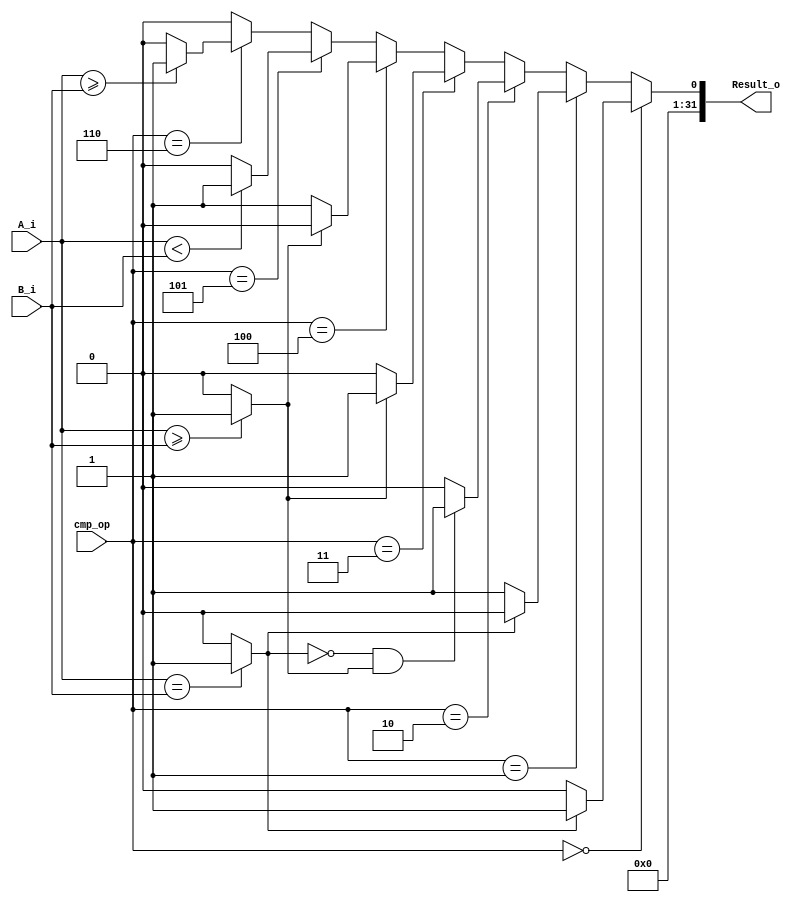
module Comparison_Unit#(parameter width = 32)(  // Module definition with parameter for operand width
    input [width-1:0] A_i,                     // First operand input
    input [width-1:0] B_i,                     // Second operand input
    input [2:0] cmp_op,                        // Comparison operation type
    output reg [width-1:0] Result_o            // Output result of the comparison
    );

    // Interpreting the inputs as signed values
    wire signed [width-1:0] A_i_wire = A_i;
    wire signed [width-1:0] B_i_wire = B_i;

    // Comparison operations
    wire equal = (A_i == B_i) ? 1'b1 : 1'b0;              // Check if A and B are equal
    wire greater_than = (A_i >= B_i) ? 1'b1 : 1'b0;       // Check if A is greater than or equal to B

    // Evaluate based on comparison operation type
    always @(*)begin
        if(cmp_op==3'b000)begin        // Equal
            Result_o = (equal) ? (32'h00000001):(32'h00000000);
        end
        else if (cmp_op==3'b001)begin  // Not Equal
            Result_o = (!equal) ? (32'h00000001):(32'h00000000);
        end
        else if (cmp_op==3'b010)begin  // Greater
            Result_o = (!equal && greater_than) ? (32'h00000001):(32'h00000000);
        end
        else if (cmp_op==3'b011)begin  // Greater Than
            Result_o = (greater_than) ? (32'h00000001):(32'h00000000);
        end
        else if (cmp_op==3'b100)begin  // Less Than
            Result_o = (!greater_than) ? (32'h00000001):(32'h00000000);
        end
        else if (cmp_op==3'b101)begin  // Less Than signed
            Result_o = (A_i_wire<B_i_wire) ? (32'h00000001):(32'h00000000);
        end
        else if (cmp_op==3'b110)begin  // Greater Than Signed
            Result_o = (A_i_wire>=B_i_wire) ? (32'h00000001):(32'h00000000);
        end
        else begin
            Result_o = {(width){1'b0}};
        end
    end
endmodule